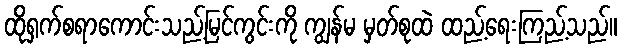
ထိုရှက်စရာကောင်းသည့်မြင်ကွင်းကို ကျွန်မ မှတ်စုထဲ ထည့်ရေးကြည့်သည်။